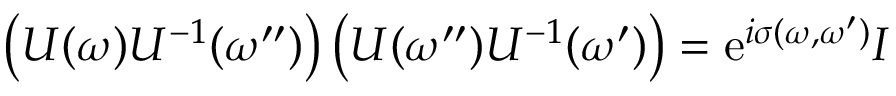
\left( U ( \omega ) U ^ { - 1 } ( \omega ^ { \prime \prime } ) \right) \left( U ( \omega ^ { \prime \prime } ) U ^ { - 1 } ( \omega ^ { \prime } ) \right) = \mathrm { e } ^ { i \sigma ( \omega , \omega ^ { \prime } ) } I